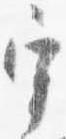
宰